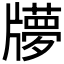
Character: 𤘂